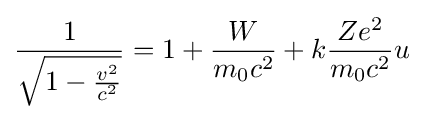
{\frac {1}{\sqrt {1-{\frac {v^{2}}{c^{2}}}}}}=1+{\frac {W}{m_{\mathrm {0} }c^{2}}}+k{\frac {Ze^{2}}{m_{\mathrm {0} }c^{2}}}u